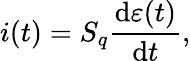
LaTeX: i(t)=S_{q}\frac{\textrm{d}\varepsilon(t)}{\textrm{d}t},